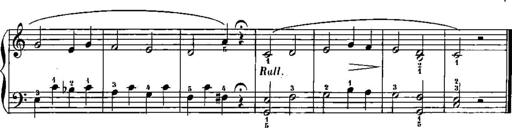
Title: Trois sonatines
Composer: Maurice Emmanuel